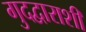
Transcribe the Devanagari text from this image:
गुदद्वाराशी